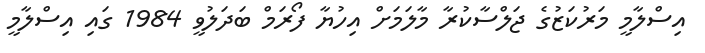
އިސްލާމީ މަރުކަޒުގެ ޖަލްސާކުރާ މާލަމަށް އިހުޔާ ފޯރަމް ބަދަލުވީ 1984 ގައި އިސްލާމީ